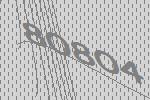
80804